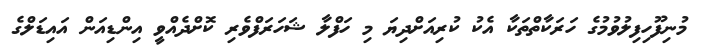
މުނިފޫހިފިލުވުމުގެ ހަރަކާތްތަކާ އެކު ކުރިއަށްދިޔަ މި ހަފްލާ ޝަހަރަފްވެރި ކޮށްދެއްވީ އިންޑިއަން އައިޑަލްގެ